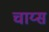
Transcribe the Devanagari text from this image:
चाय्स